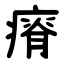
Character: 瘠